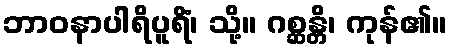
ဘာဝနာပါရိပူရိံ၊ သို့။ ဂစ္ဆန္တိ၊ ကုန်၏။